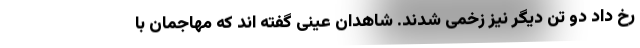
رخ داد دو تن دیگر نیز زخمی شدند. شاهدان عینی گفته اند که مهاجمان با